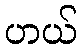
ဟယ်